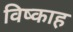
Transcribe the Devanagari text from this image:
विष्काह